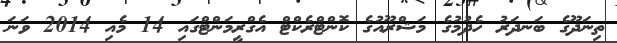
ތިނަދޫގެ ބަނދަރު ހެދުމުގެ މަޝްރޫއުގެ ކޮންޓްރެކްޓް އެގްރީމަންޓްގައި 14 މެއި 2014 ވަނަ